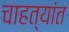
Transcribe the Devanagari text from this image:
चाहत्यांत